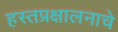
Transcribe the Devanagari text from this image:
हस्तप्रक्षालनाचे